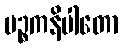
ပဉ္စကနိပါတော